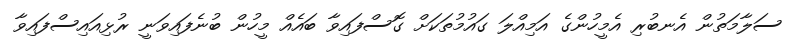
ސަލާމަތުން އެނބުރި އެމީހުންގެ އަމިއްލަ ގައުމުތަކަށް ގޮސްފައިވާ ބައެއް މީހުން ބުނެފައިވަނީ ރުޅިއައިސްފައިވާ